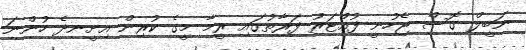
ނަބީލް ގޮސް ޖެހުނީ ފުއްޓަރު ފަރާތުގައި ރީމާ މީގެ ކުރިން އިށީނދެ ހުންނަ